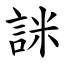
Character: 詸